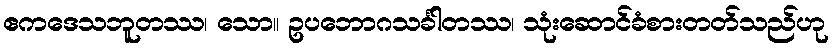
ဧကဒေသဘူတဿ၊ သော။ ဥပဘောဂသင်္ခါတဿ၊ သုံးဆောင်ခံစားတတ်သည်ဟု